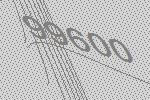
99600